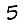
Digit: 5